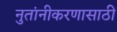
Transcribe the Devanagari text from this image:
नुतांनीकरणासाठी